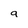
Character: a